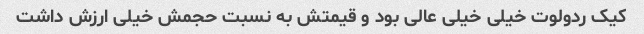
کیک ردولوت خیلی خیلی عالی بود و قیمتش به نسبت حجمش خیلی ارزش داشت